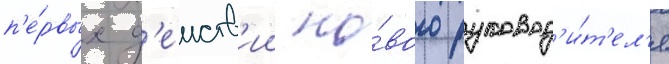
п'е́рвых д'еиств'ии но́вого руковод'и́т'ел'я